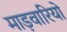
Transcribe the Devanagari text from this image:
माड़वारियो